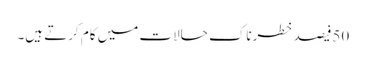
50فیصد خطرناک حالات میں کام کرتے ہیں۔